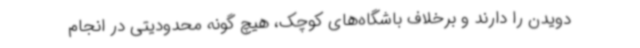
دویدن را دارند و برخلاف باشگاه‌های کوچک، هیچ گونه محدودیتی در انجام